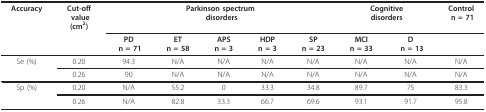
| Accuracy | Cut-off value(cm2) | <COLSPAN=5> Parkinson spectrum disorders | <COLSPAN=2> Cognitive disorders | Control n = 71 |
 |  |  | PD n = 71 | ET n = 58 | APSn = 3 | HDP n = 3 | SP n = 23 | MCI n = 33 | D n = 13 |  |
 | --- | --- | --- | --- | --- | --- | --- | --- | --- | --- |
 | Se (%) | 0.20 | 94.3 | N/A | N/A | N/A | N/A | N/A | N/A | N/A |
 |  | 0.26 | 90 | N/A | N/A | N/A | N/A | N/A | N/A | N/A |
 | Sp (%) | 0.20 | N/A | 55.2 | 0 | 33.3 | 34.8 | 89.7 | 75 | 83.3 |
 |  | 0.26 | N/A | 82.8 | 33.3 | 66.7 | 69.6 | 93.1 | 91.7 | 95.8 |